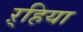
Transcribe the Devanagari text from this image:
ऱ्हिया